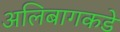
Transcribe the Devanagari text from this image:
अलिबागकडे